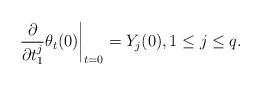
LaTeX: \begin{align*}\frac{\partial}{\partial t_1^j} \theta_t(0)\bigg|_{t=0} = Y_j (0), 1\leq j\leq q.\end{align*}